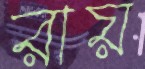
রায়